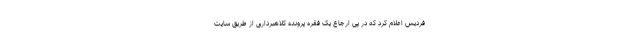
فردیس اعلام کرد که در پی ارجاع یک فقره پرونده کلاهبرداری از طریق سایت